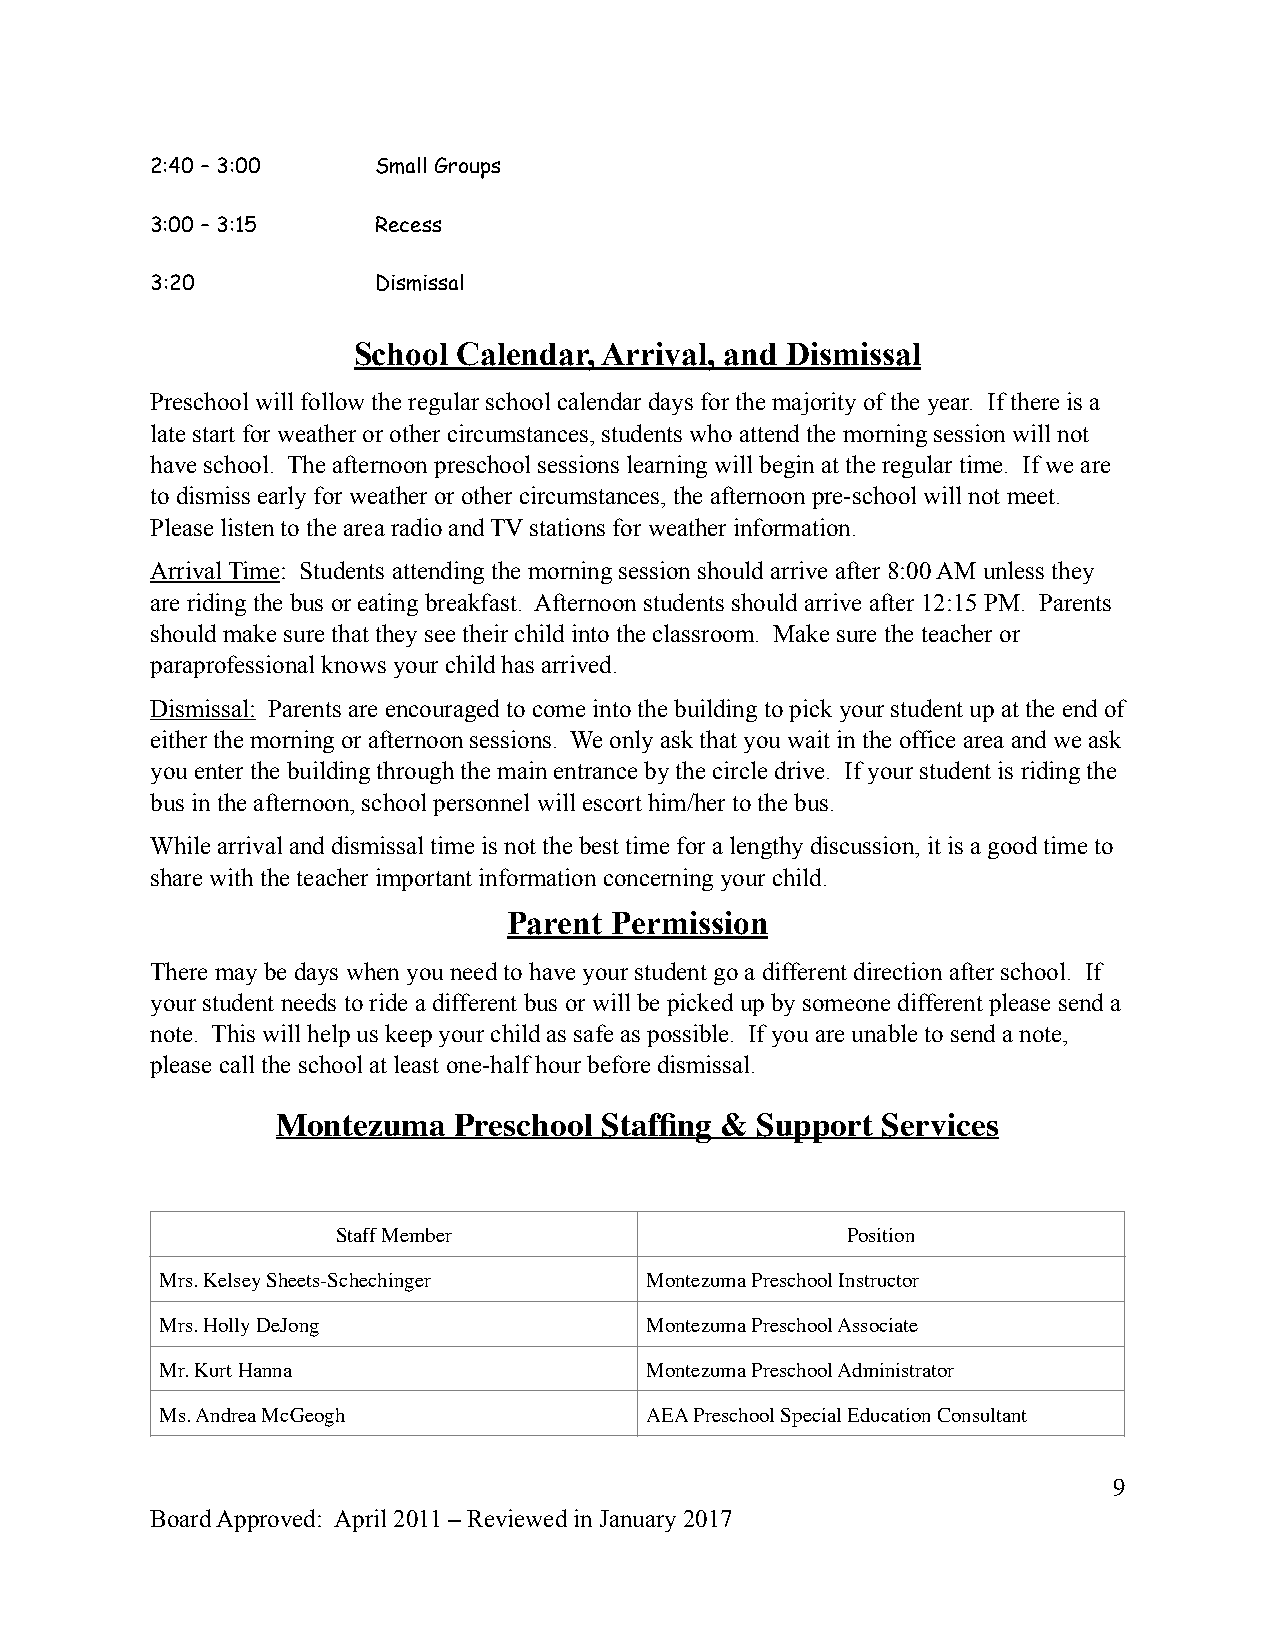
2:40 – 3:00    Small Groups
 3:00 – 3:15    Recess
 3:20           Dismissal
 School Calendar, Arrival, and Dismissal
 Preschool will follow the regular school calendar days for the majority of the year. If there is a
 late start for weather or other circumstances, students who attend the morning session will not
 have school. The afternoon preschool sessions learning will begin at the regular time. If we are
 to dismiss early for weather or other circumstances, the afternoon pre-school will not meet.
 Please listen to the area radio and TV stations for weather information.
 Arrival Time: Students attending the morning session should arrive after 8:00 AM unless they
 are riding the bus or eating breakfast. Afternoon students should arrive after 12:15 PM. Parents
 should make sure that they see their child into the classroom. Make sure the teacher or
 paraprofessional knows your child has arrived.
 Dismissal: Parents are encouraged to come into the building to pick your student up at the end of
 either the morning or afternoon sessions. We only ask that you wait in the office area and we ask
 you enter the building through the main entrance by the circle drive. If your student is riding the
 bus in the afternoon, school personnel will escort him/her to the bus.
 While arrival and dismissal time is not the best time for a lengthy discussion, it is a good time to
 share with the teacher important information concerning your child.
 Parent Permission
 There may be days when you need to have your student go a different direction after school. If
 your student needs to ride a different bus or will be picked up by someone different please send a
 note. This will help us keep your child as safe as possible. If you are unable to send a note,
 please call the school at least one-half hour before dismissal.
 Montezuma   Preschool Staffing & Support Services
 Staff Member                      Position
 Mrs. Kelsey Sheets-Schechinger  Montezuma Preschool Instructor
 Mrs. Holly DeJong               Montezuma Preschool Associate
 Mr. Kurt Hanna                  Montezuma Preschool Administrator
 Ms. Andrea McGeogh              AEA Preschool Special Education Consultant
 9
 Board Approved: April 2011 – Reviewed in January 2017